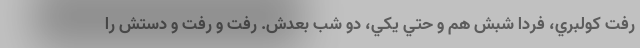
رفت كولبري، فردا شبش هم‌ و حتي يكي، دو شب بعدش. رفت و رفت و دستش را